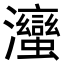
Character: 𭳹